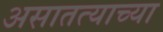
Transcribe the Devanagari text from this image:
असातत्याच्या